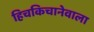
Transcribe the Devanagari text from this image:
हिचकिचानेवाला